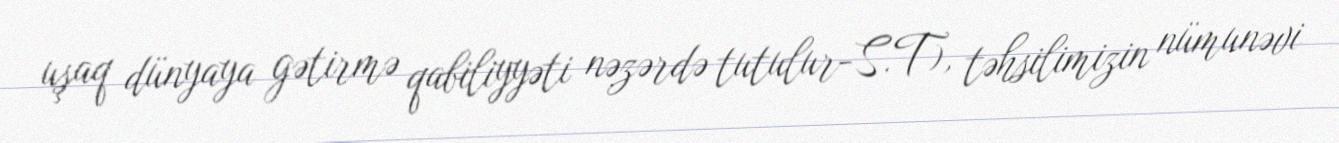
uşaq dünyaya gətirmə qabiliyyəti nəzərdə tutulur-S.T), təhsilimizin nümunəvi